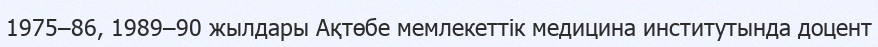
1975–86, 1989–90 жылдары Ақтөбе мемлекеттік медицина институтында доцент